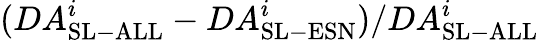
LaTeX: \large(DA_{\mathrm{SL-ALL}}^{i}-DA_{\mathrm{SL-ESN}}^{i}\large)/DA_{\mathrm{SL-ALL}}^{i}